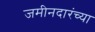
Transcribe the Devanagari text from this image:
जमीनदारंच्या